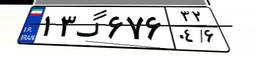
۱۳گ۶۷۶۳۲